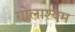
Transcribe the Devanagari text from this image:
गोलाश्यम